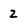
Character: 2